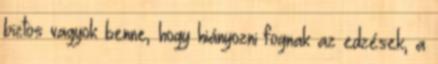
biztos vagyok benne, hogy hiányozni fognak az edzések, a